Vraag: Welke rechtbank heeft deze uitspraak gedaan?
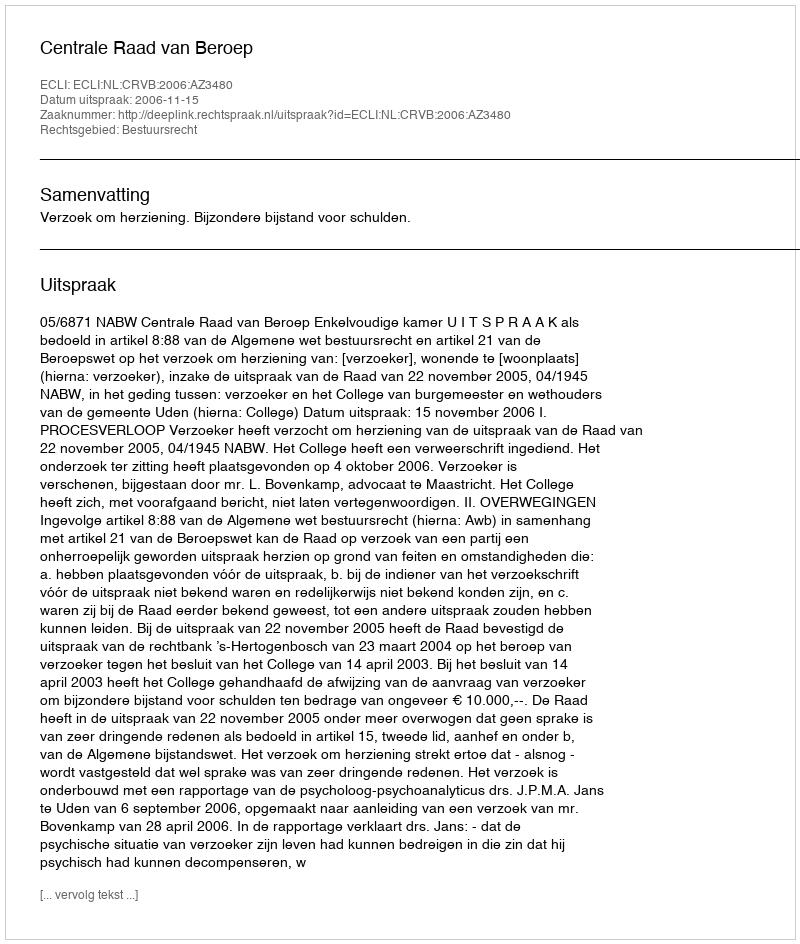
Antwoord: Centrale Raad van Beroep